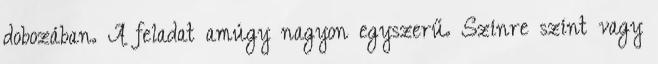
dobozában. A feladat amúgy nagyon egyszerű. Színre színt vagy